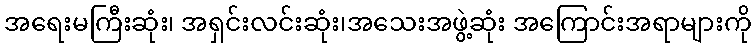
အရေးမကြီးဆုံး၊ အရှင်းလင်းဆုံး၊အသေးအဖွဲ့ဆုံး အကြောင်းအရာများကို